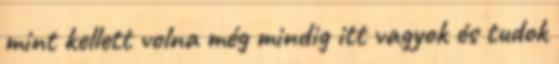
mint kellett volna még mindig itt vagyok és tudok